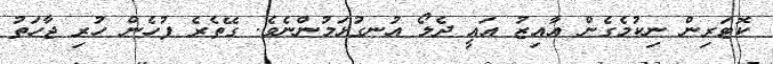
ކޮޓަރިން ނިކުމެގެން އާއިޒު އައީ ދެލޯ އުނގުޅަމުންނެވެ. ގޭތެރެ ފުހެން ހުރި ޖާހަތު